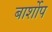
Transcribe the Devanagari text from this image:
बार्शोप